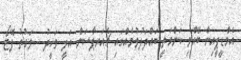
އެމްޑީޕީއިން ބޭއްވި ކަންމަތީ ބައްދަލުވުމެއްގައި ޗެއަރޕާސަން އަލީ ވަހީދު - ވަގުތު ފޮޓޯ: